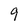
Character: 9